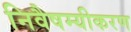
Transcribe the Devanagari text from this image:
निवैषम्यीकरण